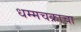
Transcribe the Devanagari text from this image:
धम्मचक्राचा